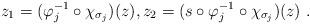
LaTeX: \begin{align*} z_1 = (\varphi_j^{-1} \circ \chi_{\sigma_j})(z) , z_2 = (s\circ \varphi_j^{-1} \circ \chi_{\sigma_j})(z) \ .\end{align*}